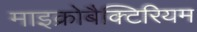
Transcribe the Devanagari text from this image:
माइक्रोबैक्टिरियम